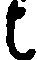
候